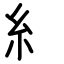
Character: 糹